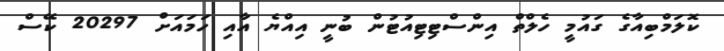
ކޮލަމްބިއާގެ ގައުމީ ހެލްތް އިންސްޓިޓިއުޓުން ބުނީ އިއްޔެ އާއި ހަމައަށް 20297 ކޭސް